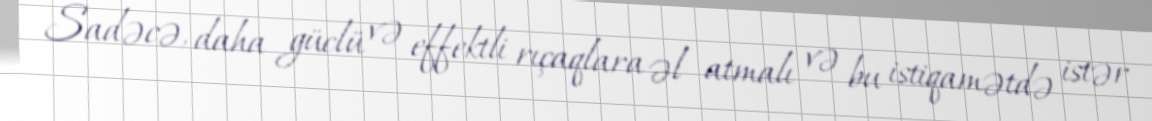
Sadəcə, daha güclü və effektli rıçaqlara əl atmalı və bu istiqamətdə istər